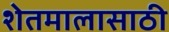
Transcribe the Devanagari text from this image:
शेतमालासाठी